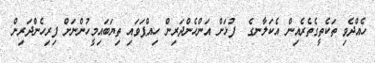
ހެއްދެވި ތަކެތީގެތެރެއިން އެކަލާނގެ  ފުޅަށް އަންހެންދަރިން ހިއްޕަވައި ތިޔަބައިމީހުންނަށް ފިރިހެންދަރިން